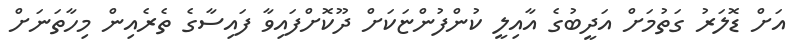
އަށް ޑޮލަރު ގަތުމަށް އަދީބުގެ އާއިލީ ކުންފުންޏަކަށް ދޫކޮށްފައިވާ ފައިސާގެ ތެރެއިން މިހާތަނަށް